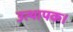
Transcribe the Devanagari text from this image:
उत्थापक।